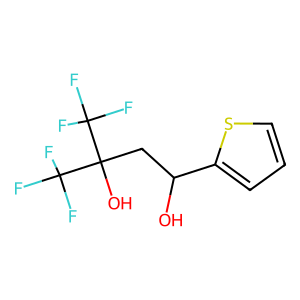
SMILES: OC(CC(O)(C(F)(F)F)C(F)(F)F)c1cccs1
Inhibits HIV replication: No